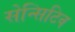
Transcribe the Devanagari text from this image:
सेन्सिटिव